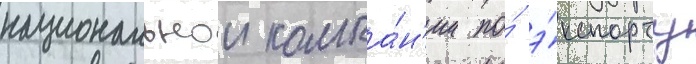
национальнои компа́н'ии по́ э́кспорту